Mental hospitals Bombay report 1921-28 - 1921-1928
Year: 1921
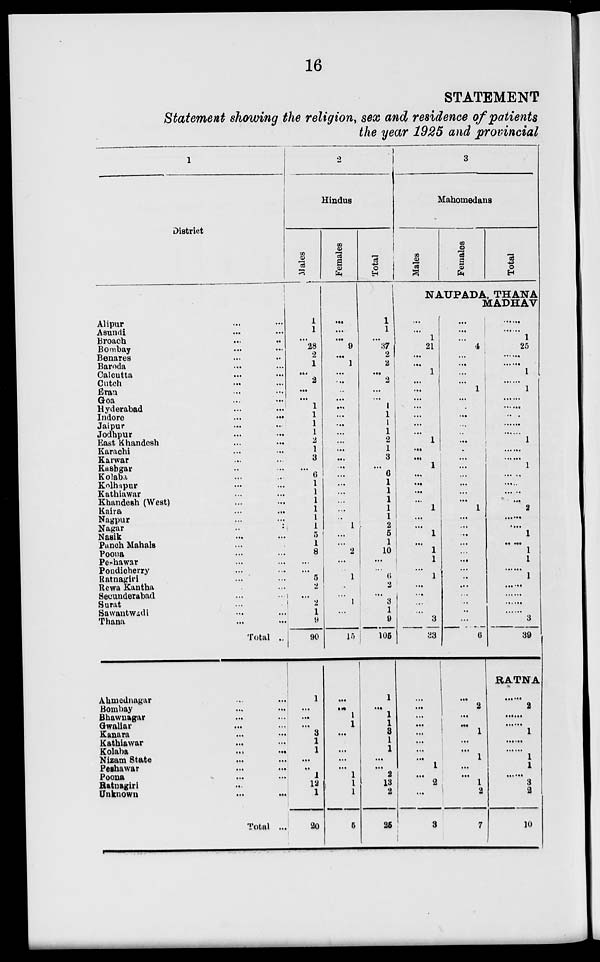
16
STATEMENT
Statement showing the religion, sex and residence of patients
the year 1925 and provincial
1
District
Alipur ... ...
Asundi ... ...
Broach ... ...
Bombay
...
...
Benares ... ...
Baroda ... ...
Calcutta ... ...
Cutch ... ...
Eran ... ...
Goa ... ...
Hyderabad ... ...
Indore ... ...
Jaipur ... ...
Jodhpur ... ...
East Khandesh ... ...
Karachi ... ...
Karwar ... ...
Kashgar ... ...
Kolaba ... ...
Kolhapur ... ...
Kathiawar ... ...
Khandesh (West) ... ...
Kaira ... ...
Nagpur ... ...
Nagar ... ...
Nasik ... ...
Panch Mahals ... ...
Poona ... ...
Peshawar ... ...
Pondicherry ... ...
Ratnagiri ... ...
Rewa Kantha ... ...
Secunderabad ... ...
Surat ... ...
Sawantwadi ... ...
Thana ... ...
Total ..
Ahmednagar ... ...
Bombay ... ...
Bhawnagar ... ...
Gwaliar ... ...
Kanara ... ...
Kathiawar ... ...
Kolaba ... ...
Nizam State ... ...
Peshawar ... ...
Poona ... ...
Ratnagiri ... ...
Unknown ... ...
Total ...
2
Hindus
Males
1
1
...
28
2
1
...
2
...
...
1
1
1
1
2
1
3
...
6
1
1
1
1
1
1
5
1
8
...
...
5
2
...
2
1
9
90
1
...
...
...
3
1
1
...
...
1
12
1
20
Females
...
...
...
9
...
1
...
...
...
...
...
...
...
...
...
...
...
...
...
...
...
...
...
...
1
...
...
2
...
...
1
...
...
1
...
...
15
...
...
1
1
...
...
...
...
...
1
1
1
5
Total
1
1
...
37
2
2
...
2
...
...
1
1
1
1
2
1
3
...
6
1
1
1
1
1
2
5
1
10
...
...
6
2
...
3
1
9
105
1
...
1
1
3
1
1
...
...
2
13
2
25
3
Mahomedans
Males
Females
Total
NAUPADA, THANA
MADHAV
...
...
1
21
...
...
1
...
...
...
...
...
...
...
1
...
...
1
...
...
...
...
1
...
...
1
...
1
1
...
1
...
...
...
...
3
33
...
...
...
...
...
...
...
...
1
...
2
...
3
...
...
...
4
...
...
...
...
1
...
...
...
...
...
...
...
...
...
...
...
...
...
1
...
...
...
...
...
...
...
...
...
...
...
...
...
6
...
2
...
...
1
...
...
1
...
...
1
2
7
......
1
25
......
......
1
......
1
......
......
......
......
......
1
......
......
1
......
......
......
......
2
......
......
1
......
1
1
......
1
......
......
......
......
3
39
RATNA
......
2
......
......
1
......
......
1
1
......
3
2
10